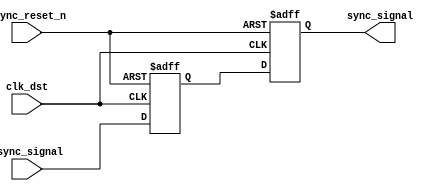
module pulsed_synchronizer (
    input wire async_signal,   // Input from async clock domain
    input wire clk_dst,        // Clock for the destination domain
    input wire async_reset_n,  // Active low reset signal
    output reg sync_signal      // Synchronized output signal
);

    // Internal signals for flip-flops
    reg ff1_out;

    // Two-stage flip-flop synchronization process
    always @(posedge clk_dst or negedge async_reset_n) begin
        if (!async_reset_n) begin
            ff1_out <= 1'b0; // Reset FF1 output
            sync_signal <= 1'b0; // Reset sync signal
        end else begin
            ff1_out <= async_signal; // Sample async_signal into FF1
            sync_signal <= ff1_out; // Sample FF1 output into sync_signal
        end
    end

endmodule